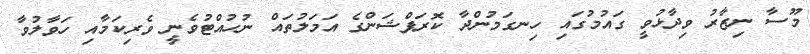
މޫސާ ނިޒާރު ވިދާޅުވީ ގައުމުގައި ހިނގަމުންދާ ކޮރަޕްޝަންގެ އަމަލުތައް ނުހުއްޓުވެނީ ވެރިކަމާއި ހަވާލުވާ